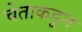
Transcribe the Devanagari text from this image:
चेताकडून